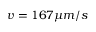
v = 1 6 7 \mu m / s